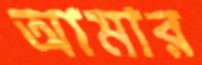
অামার